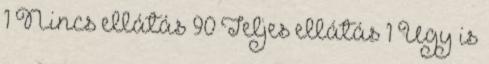
1 Nincs ellátás 90 Teljes ellátás 1 Úgy is